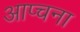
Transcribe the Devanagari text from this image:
आप्चना